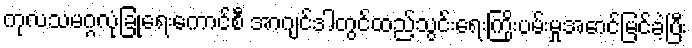
ကုလသမဂ္ဂလုံခြုံရေးကောင်စီ အာဂျင်ဒါတွင်ထည့်သွင်းရေးကြိုးပမ်းမှုအောင်မြင်ခဲ့ပြီး